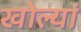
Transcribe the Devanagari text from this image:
खोल्यां